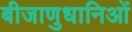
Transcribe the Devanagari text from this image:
बीजाणुधानिओं